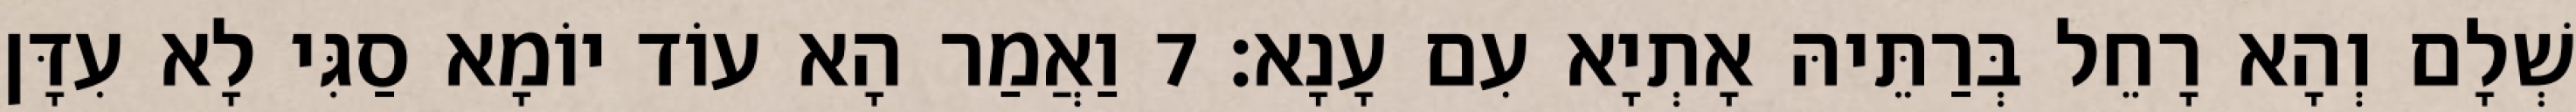
שְׁלָם וְהָא רָחֵל בְּרַתֵּיהּ אָתְיָא עִם עָנָא׃ 7 וַאֲמַר הָא עוֹד יוֹמָא סַגִּי לָא עִדָּן